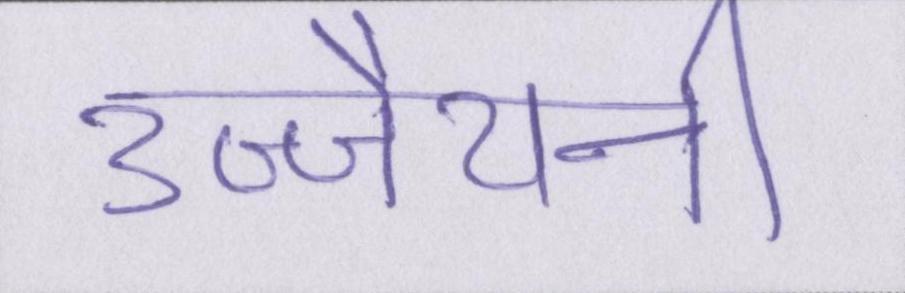
उज्जैयनी